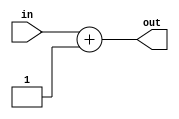
module INC16 #(parameter SIZE = 16) (input [SIZE-1:0] in, output [SIZE:0] out);
assign out = in + 1;
endmodule